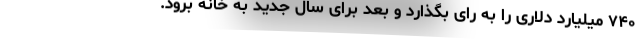
۷۴۰ میلیارد دلاری را به رای بگذارد و بعد برای سال جدید به خانه برود.